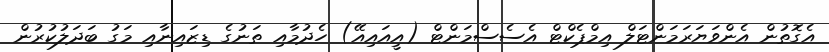
އެގޮތުން އެންވަޔަރަމަންޓަލް އިމްޕެކްޓް އެސެސްމަންޓް (އީއައިއޭ) ހެދުމާއި ތަނުގެ ޑިޒައިނާއި މަގު ބަދަލުކުރުން